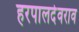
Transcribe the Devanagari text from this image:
हरपालदेवराव